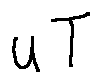
u T